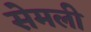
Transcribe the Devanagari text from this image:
सेमली